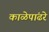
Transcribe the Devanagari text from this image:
काळेपांढरे